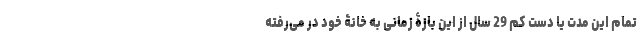
تمام این مدت یا دست کم 29 سال از این بازۀ زمانی به خانۀ خود در می‌رفته